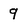
Character: 9